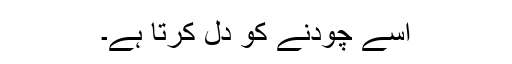
اسے چودنے کو دل کرتا ہے۔